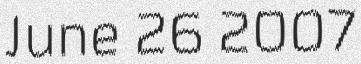
June 26 2007